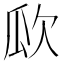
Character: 𣢚